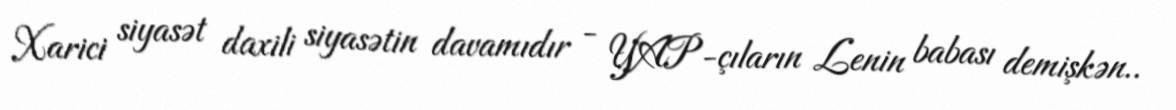
Xarici siyasət daxili siyasətin davamıdır - YAP-çıların Lenin babası demişkən..